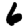
Digit: 6